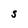
Character: S